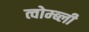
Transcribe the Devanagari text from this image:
त्वोम्ब्ली